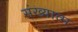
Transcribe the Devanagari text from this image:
संख्यात्म